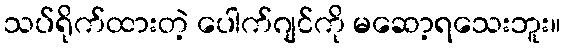
သပ်ရိုက်ထားတဲ့ ပေါက်ဂျင်ကို မဆော့ရသေးဘူး။